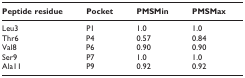
<table><thead><tr><td><b>Peptide residue</b></td><td><b>Pocket</b></td><td><b>PMSMin</b></td><td><b>PMSMax</b></td></tr></thead><tbody><tr><td>Leu3</td><td>P1</td><td>1.0</td><td>1.0</td></tr><tr><td>Thr6</td><td>P4</td><td>0.57</td><td>0.84</td></tr><tr><td>Val8</td><td>P6</td><td>0.90</td><td>0.90</td></tr><tr><td>Ser9</td><td>P7</td><td>1.0</td><td>1.0</td></tr><tr><td>Ala11</td><td>P9</td><td>0.92</td><td>0.92</td></tr></tbody></table>